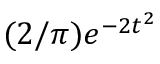
( 2 / \pi ) e ^ { - 2 t ^ { 2 } }